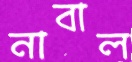
নাবাল